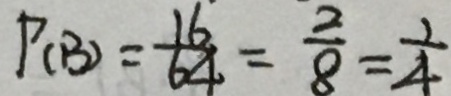
P _ { ( B ) } = \frac { 1 6 } { 6 4 } = \frac { 2 } { 8 } = \frac { 1 } { 4 }